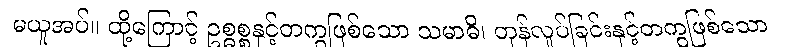
မယူအပ်။ ထို့ကြောင့် ဥစ္ဓစ္စနှင့်တကွဖြစ်သော သမာဓိ၊ တုန်လှုပ်ခြင်းနှင့်တကွဖြစ်သော